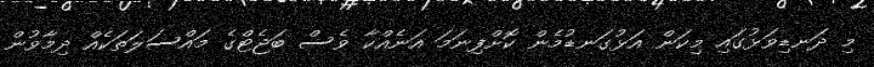
މި ދަނޑިވަޅުގައި މިކަން އަޅުގަނޑުމެން ކޮށްފިނަމަ އަނެއްކާ ވެސް ބަޖެޓްގެ މައްސަލަތަކެއް ދިމާވުން